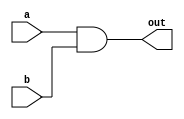
module ejemplo(
    input [1:0] a,
    input [1:0] b,
    output [1:0] out  
);

assign out = a & b;
endmodule